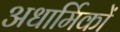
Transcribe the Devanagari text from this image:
अधार्मिकों